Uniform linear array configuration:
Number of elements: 16
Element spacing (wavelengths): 0.75
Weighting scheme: cosine
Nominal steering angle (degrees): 45
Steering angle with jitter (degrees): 45.128
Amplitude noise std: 0.05
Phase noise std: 0.05

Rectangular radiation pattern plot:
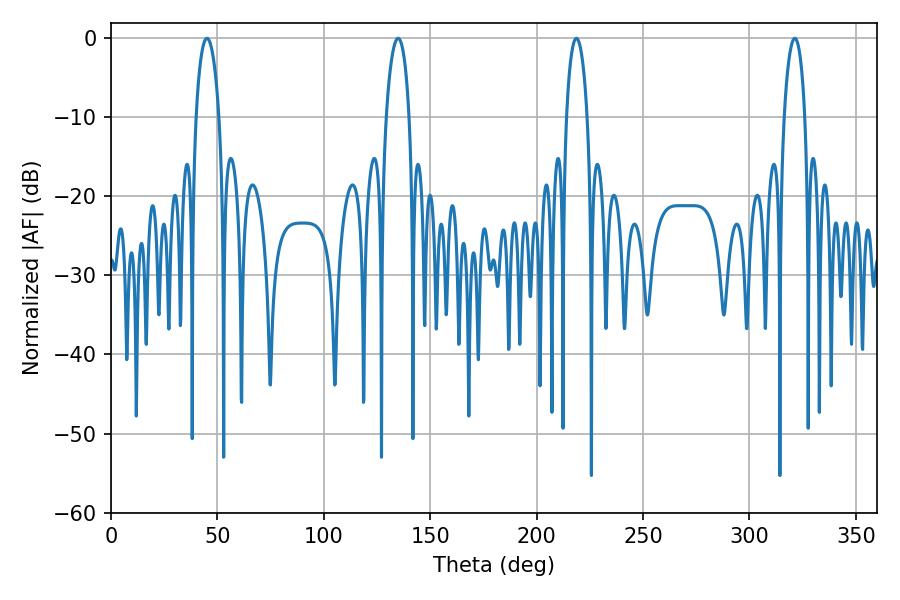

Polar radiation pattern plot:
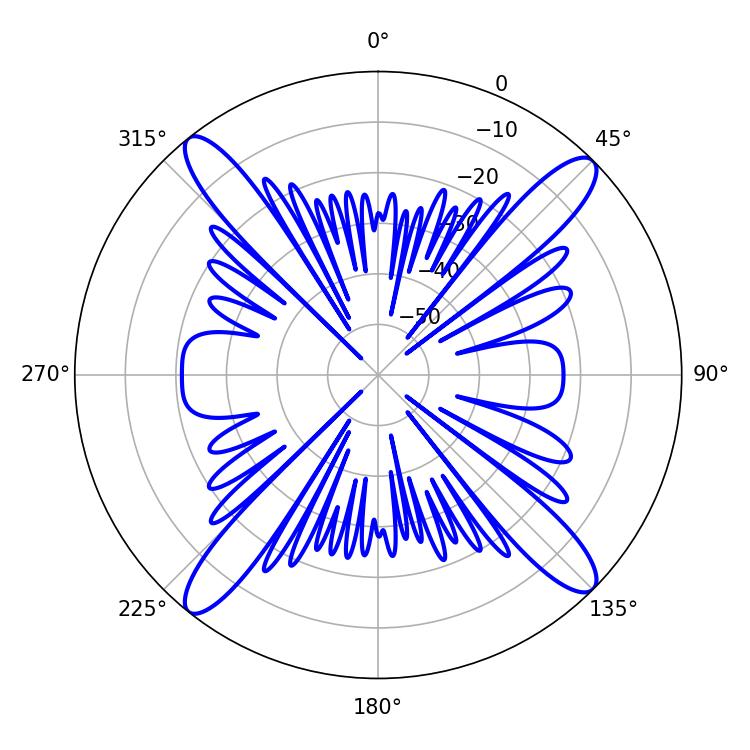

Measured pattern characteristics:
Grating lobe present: TRUE
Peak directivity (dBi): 17.801
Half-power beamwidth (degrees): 5.58
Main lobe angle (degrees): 321.3